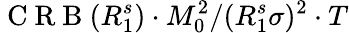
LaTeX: \mathrm{~C~R~B~}(R_{1}^{s})\cdot M_{0}^{2}/(R_{1}^{s}\sigma)^{2}\cdot T